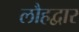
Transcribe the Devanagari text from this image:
लौहद्वार